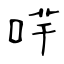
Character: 哶